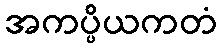
အကပ္ပိယကတံ